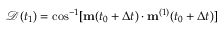
\mathscr { D } ( t _ { 1 } ) = \cos ^ { - 1 } [ \mathbf { m } ( t _ { 0 } + \Delta t ) \cdot \mathbf { m } ^ { ( 1 ) } ( t _ { 0 } + \Delta t ) ]